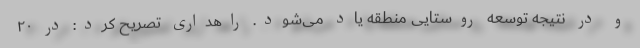
و در نتیجه توسعه روستایی منطقه یاد می‌شود. راهداری تصریح کرد: در ۲۰